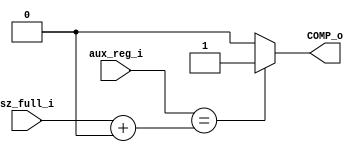
/******************************************************************
*Module name : aux_COMP
*Type        : Verilog Module
*
*Description : auxiliar counter reg 
*------------------------------------------------------------------
*	clocks    : posedge clock "clk"
*	reset		 : sync rstn
* 
*Parameters  : none
*
******************************************************************/

module aux_COMP(
	input [5:0] aux_reg_i,
	input [5:0] sz_full_i,
	
	output COMP_o);
	
assign COMP_o = (aux_reg_i == (sz_full_i+6'b000000))?1'b1:1'b0; //Caso de prueba, si es 8 manda 1 a FSM, de lo contrario manda 0 -6'b000001 poner 2 para 32x32
endmodule